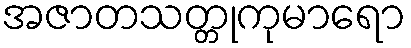
အဇာတသတ္တုကုမာရော